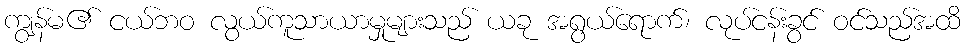
ကျွန်မ၏ ငယ်ဘဝ လွယ်ကူသာယာမှုများသည် ယခု အရွယ်ရောက်၊ လုပ်ငန်းခွင် ဝင်သည်အထိ